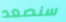
سنصعد